Indian journal of veterinary science and animal husbandry - Volume 2,
Year: 1932
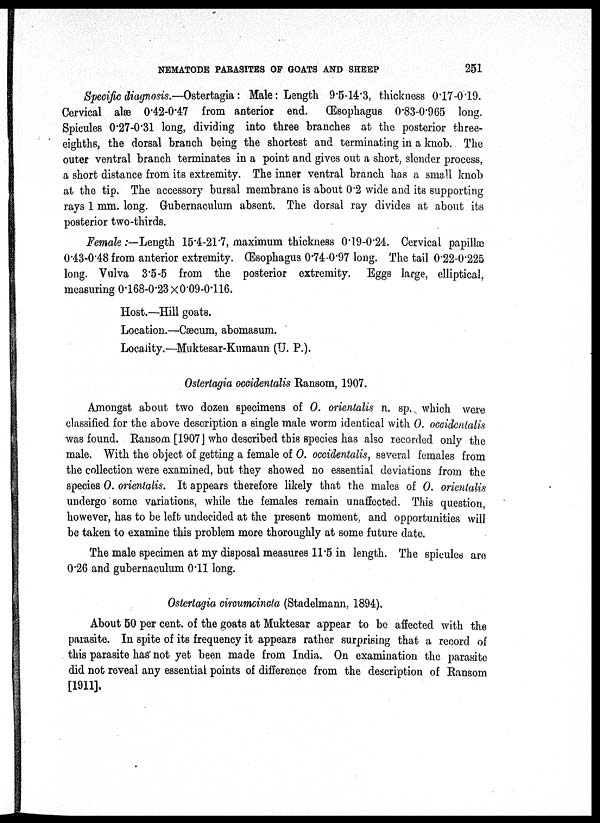
NEMATODE PARASITES OF GOATS AND SHEEP
251
Specific diagnosis.—Ostertagia: Male: Length 9.5-14.3, thickness 0.17-0.19.
Cervical alæ 0.42-0.47 from anterior end. (Esophagus 0.83-0.965 long.
Spicules 0.27-0.31 long, dividing into three branches at the posterior three-
eighths, the dorsal branch being the shortest and terminating in a knob. The
outer ventral branch terminates in a point and gives out a short, slender process,
a short distance from its extremity. The inner ventral branch has a small knob
at the tip. The accessory bursal membrane is about 0.2 wide and its supporting
rays 1 mm. long. Gubernaculum absent. The dorsal ray divides at about its
posterior two-thirds.
Female :—Length 15.4-21.7, maximum thickness 0.19-0.24. Cervical papillæ
0.43-0.48 from anterior extremity. Œsophagus 0.74-0.97 long. The tail 0.22-0.225
long. Vulva 3.5-5 from the posterior extremity. Eggs large, elliptical,
measuring 0.168-0.23 × 0.09-0.116.
Host.—Hill goats.
Location.—Cæcum, abomasum.
Locality.—Muktesar-Kumaun (U. P.).
Ostertagia occidentalis Ransom, 1907.
Amongst about two dozen specimens of O. orientalis n. sp. which were
classified for the above description a single male worm identical with 0. occidentalis
was found. Ransom [1907] who described this species has also recorded only the
male. With the object of getting a female of O. occidentalis, several females from
the collection were examined, but they showed no essential deviations from the
species 0. orientalis. It appears therefore likely that the males of 0. orientalis
undergo some variations, while the females remain unaffected. This question,
however, has to be left undecided at the present moment, and opportunities will
be taken to examine this problem more thoroughly at some future date.
The male specimen at my disposal measures 11.5 in length. The spicules are
0.26 and gubernaculum 0.11 long.
Ostertagia circumcincta (Stadelmann, 1894).
About 50 per cent. of the goats at Muktesar appear to be affected with the
parasite. In spite of its frequency it appears rather surprising that a record of
this parasite has not yet been made from India. On examination the parasite
did not reveal any essential points of difference from the description of Ransom
[1911].